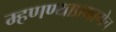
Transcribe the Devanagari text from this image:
म्हणण्याप्रमाणेच